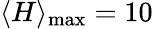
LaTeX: \langle H\rangle_{\mathrm{max}}=10